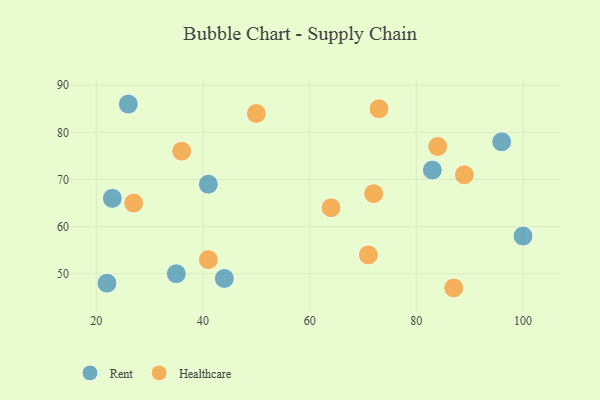
{"axis": {"x": "GDP", "y": "Life Expectancy"}, "legend": ["Healthcare", "Rent"], "data": [{"x": "44", "y": 49, "type": "Rent"}, {"x": "35", "y": 50, "type": "Rent"}, {"x": "22", "y": 48, "type": "Rent"}, {"x": "100", "y": 58, "type": "Rent"}, {"x": "23", "y": 66, "type": "Rent"}, {"x": "96", "y": 78, "type": "Rent"}, {"x": "41", "y": 69, "type": "Rent"}, {"x": "83", "y": 72, "type": "Rent"}, {"x": "26", "y": 86, "type": "Rent"}, {"x": "36", "y": 76, "type": "Healthcare"}, {"x": "89", "y": 71, "type": "Healthcare"}, {"x": "84", "y": 77, "type": "Healthcare"}, {"x": "64", "y": 64, "type": "Healthcare"}, {"x": "50", "y": 84, "type": "Healthcare"}, {"x": "87", "y": 47, "type": "Healthcare"}, {"x": "72", "y": 67, "type": "Healthcare"}, {"x": "41", "y": 53, "type": "Healthcare"}, {"x": "71", "y": 54, "type": "Healthcare"}, {"x": "27", "y": 65, "type": "Healthcare"}, {"x": "73", "y": 85, "type": "Healthcare"}]}